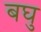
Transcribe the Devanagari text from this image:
बघु